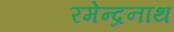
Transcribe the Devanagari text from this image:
रमेन्द्रनाथ